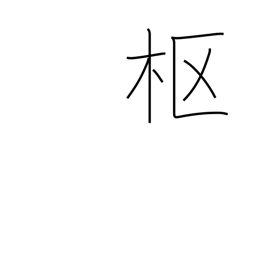
Meaning: center of things